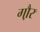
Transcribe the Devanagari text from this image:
गौ़र